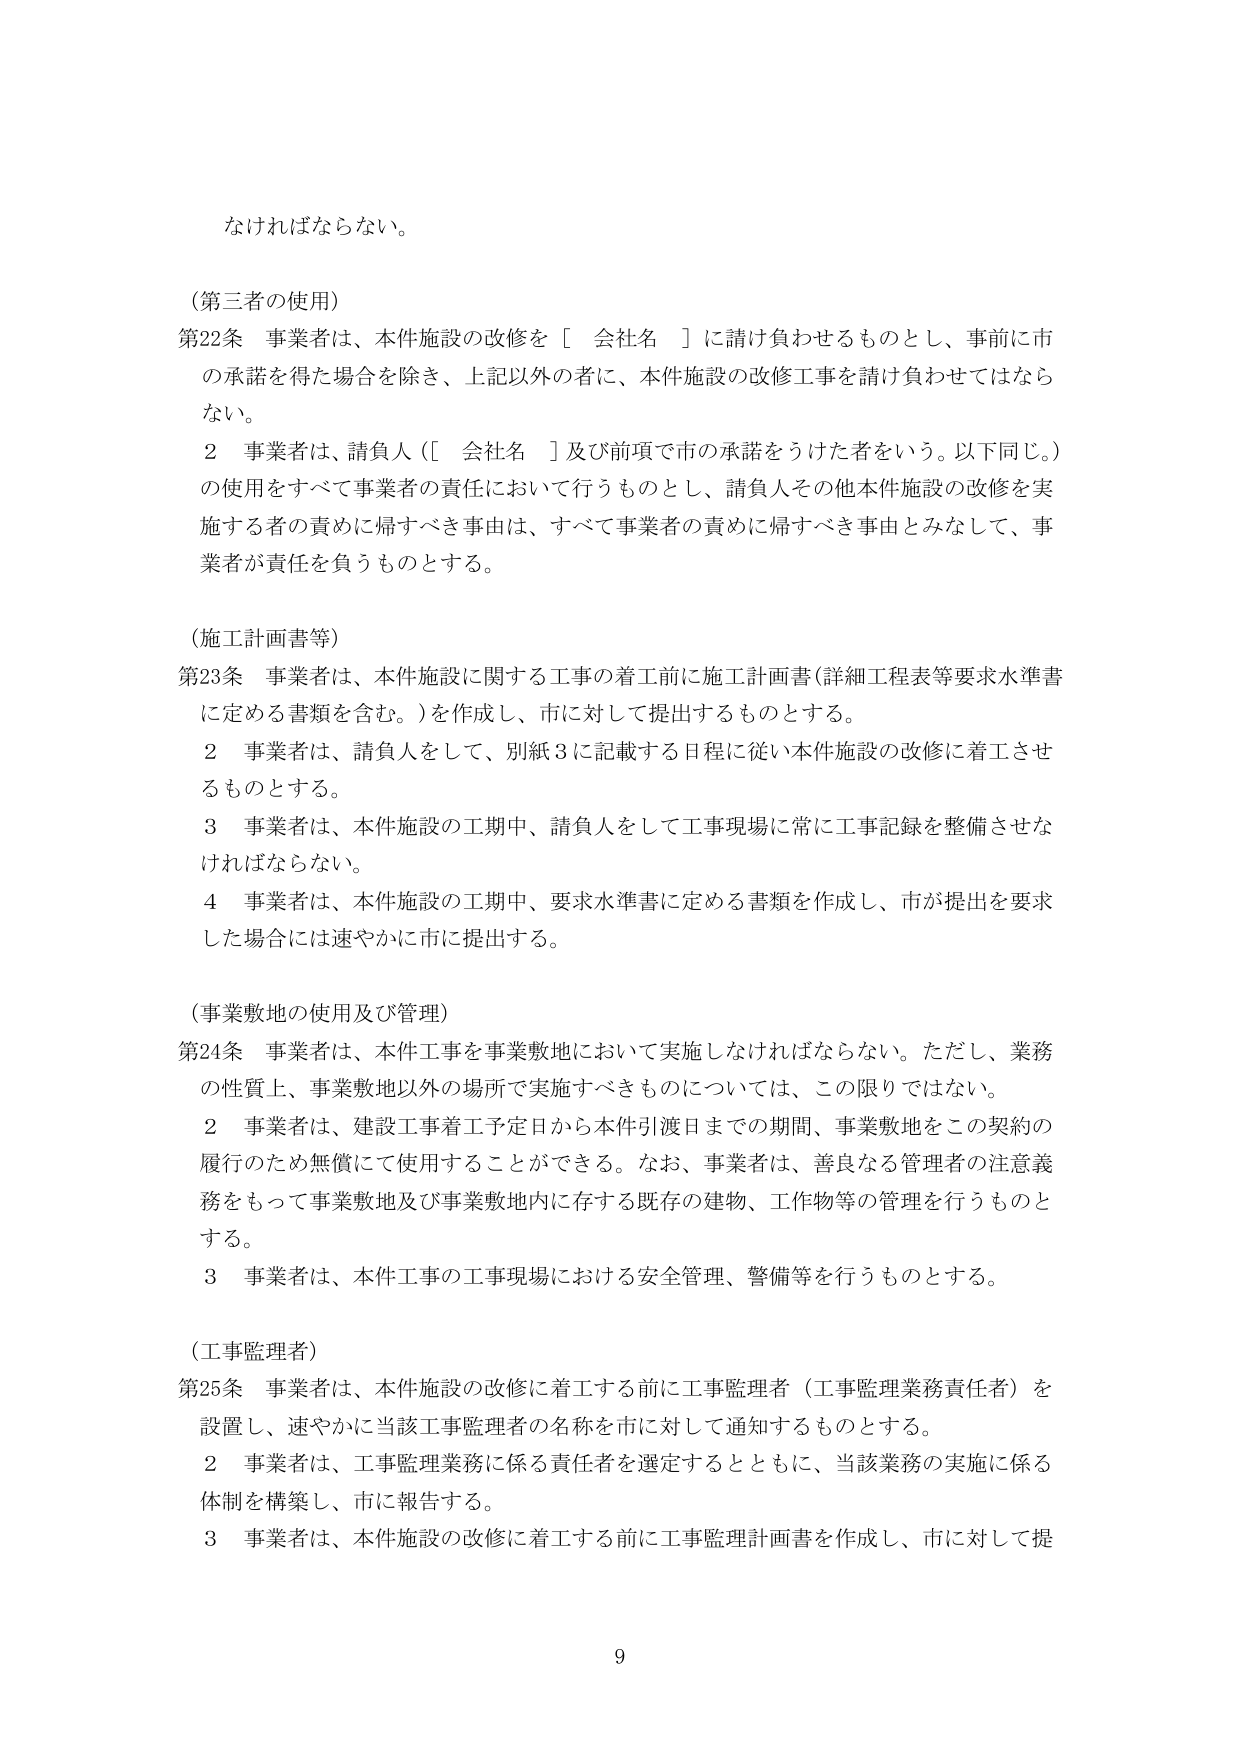
なければならない。

（第三者の使用）
第22条 事業者は、本件施設の改修を［ 会社名 ］に請け負わせるものとし、事前に市の承諾を得た場合を除き、上記以外の者に、本件施設の改修工事を請け負わせてはならない。
２ 事業者は、請負人（［ 会社名 ］及び前項で市の承諾をうけた者をいう。以下同じ。）の使用をすべて事業者の責任において行うものとし、請負人その他本件施設の改修を実施する者の責めに帰すべき事由は、すべて事業者の責めに帰すべき事由とみなして、事業者が責任を負うものとする。

（施工計画書等）
第23条 事業者は、本件施設に関する工事の着工前に施工計画書（詳細工程表等要求水準書に定める書類を含む。）を作成し、市に対して提出するものとする。
２ 事業者は、請負人をして、別紙3に記載する日程に従い本件施設の改修に着工させるものとする。
３ 事業者は、本件施設の工期中、請負人をして工事現場に常に工事記録を整備させなければならない。
４ 事業者は、本件施設の工期中、要求水準書に定める書類を作成し、市が提出を要求した場合には速やかに市に提出する。

（事業敷地の使用及び管理）
第24条 事業者は、本件工事を事業敷地において実施しなければならない。ただし、業務の性質上、事業敷地以外の場所で実施すべきものについては、この限りではない。
２ 事業者は、建設工事着工予定日から本件引渡日までの期間、事業敷地をこの契約の履行のため無償にて使用することができる。なお、事業者は、善良なる管理者の注意義務をもって事業敷地及び事業敷地内に存する既存の建物、工作物等の管理を行うものとする。
３ 事業者は、本件工事の工事現場における安全管理、警備等を行うものとする。

（工事監理者）
第25条 事業者は、本件施設の改修に着工する前に工事監理者（工事監理業務責任者）を設置し、速やかに当該工事監理者の名称を市に対して通知するものとする。
２ 事業者は、工事監理業務に係る責任者を選定するとともに、当該業務の実施に係る体制を構築し、市に報告する。
３ 事業者は、本件施設の改修に着工する前に工事監理計画書を作成し、市に対して提

9